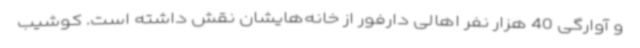
و آوارگی 40 هزار نفر اهالی دارفور از خانه‌هایشان نقش داشته است. کوشیب